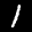
Label: 1